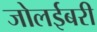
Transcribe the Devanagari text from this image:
जोलईबरी